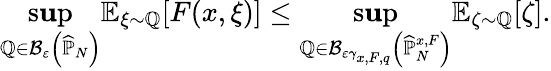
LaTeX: \operatorname*{s\mathbf{u}p}_{\mathbb{{Q}}\in\mathcal{{B}}_{\varepsilon}\left(\widehat{{\mathbb{{P}}}}_{N}\right)}\mathbb{{E}}_{\xi\sim\mathbb{{Q}}}[F(x,\xi)]\leq\operatorname*{s\mathbf{u}p}_{\mathbb{{Q}}\in\mathcal{{B}}_{\varepsilon\gamma_{x,F,q}}\left(\widehat{{\mathbb{{P}}}}_{N}^{x,F}\right)}\mathbb{{E}}_{\zeta\sim\mathbb{{Q}}}[\zeta].